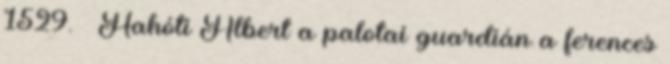
1529. – Hahóti Albert a palotai guardián a ferences